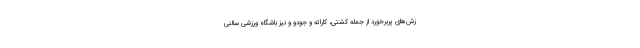
زش‌های پربرخورد از جمله کشتی، کاراته و جودو و نیز باشگاه ورزشی سالنی